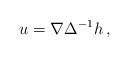
\begin{align*} u = \nabla \Delta^{-1} h \, ,\end{align*}